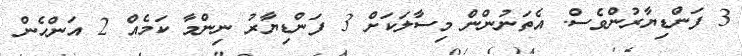
3 ފަންޑިޔާރުުންވެސް. އެތަނުންން މިސާލަކަށް 3 ފަންޑިޔާރު ނިންމާ ކަމެއް 2 އަންހެން